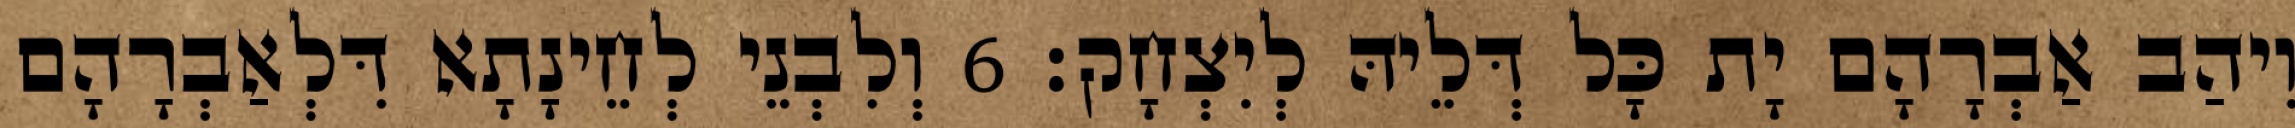
וִיהַב אַבְרָהָם יָת כָּל דְּלֵיהּ לְיִצְחָק׃ 6 וְלִבְנֵי לְחֵינָתָא דִּלְאַבְרָהָם